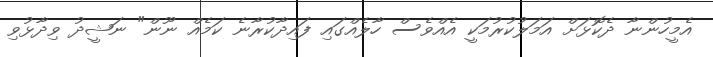
އެމީހުންނާ ދެކޮޅަށް އަމަލުކުރުމަކީ އެއްވެސް ހާލެއްގައި ފައިދާކުރާނެ ކަމެއް ނޫން" ނަޝީދު ވިދާޅުވި